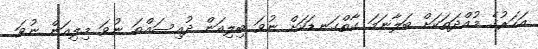
އަހަރުގެ މުއްދަތަކަށް ބަލާނަމަ ގާތްގަނޑަކަށް ނުވަ ބިލިއަން ދުއިސައްތަ ނުވަ މިލިއަން ނުވަ